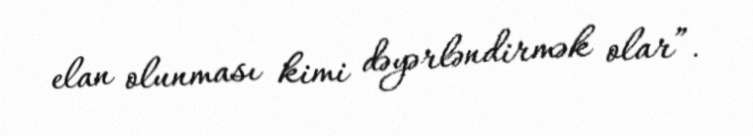
elan olunması kimi dəyərləndirmək olar”.